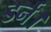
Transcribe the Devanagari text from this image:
डर्न।